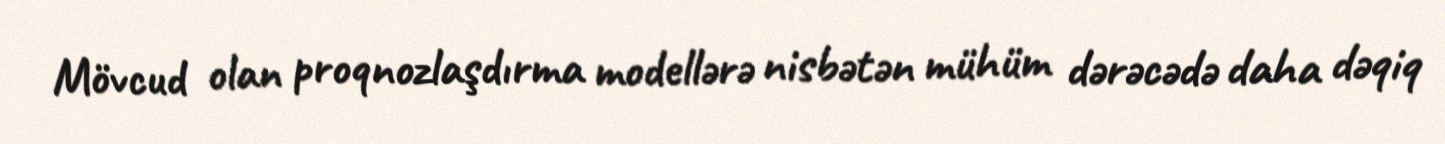
Mövcud olan proqnozlaşdırma modellərə nisbətən mühüm dərəcədə daha dəqiq